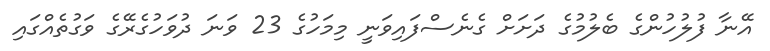
އޭނާ ފުލުހުންގެ ބެލުމުގެ ދަށަށް ގެނެސްފައިވަނީ މިމަހުގެ 23 ވަނަ ދުވަހުގެރޭގެ ވަގުތެއްގައި